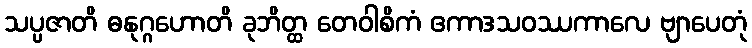
သပ္ပဇာတိ ဓနုဂ္ဂဟောတိ ခုဘိတ္ထ တေဝါစိကံ ဧကာဒသဝဿကာလေ ဗျာပေတုံ